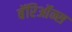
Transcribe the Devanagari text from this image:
बॅरिऑन्स